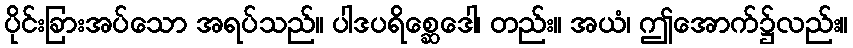
ပိုင်းခြားအပ်သော အရပ်သည်။ ပါဒပရိစ္ဆေဒေါ၊ တည်း။ အယံ၊ ဤအောက်၌လည်း။